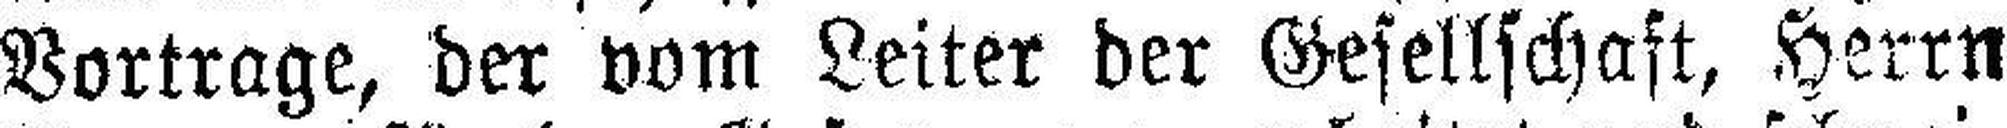
Vortrage, der vom Leiter der Gesellschaft, Herrn